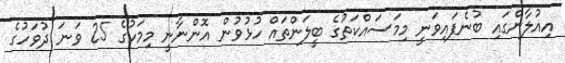
އިއުލާންގައި ބުނެފައިވަނީ މިމަސައްކަތުގެ ބީލަންތައް ހުޅުވުން އޮންނާނީ މިމަހުގެ 25 ވަނަ ދުވަހުގެ